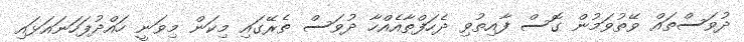
ދުވަސްތައް ވޭތުވަމުން ގޮސް ފާއިތުވި ދެހަފްތާއެއްހާ ދުވަސް ތެރޭގައި މިކަން މިވަނީ ހައްދުފަހަނައަޅައި